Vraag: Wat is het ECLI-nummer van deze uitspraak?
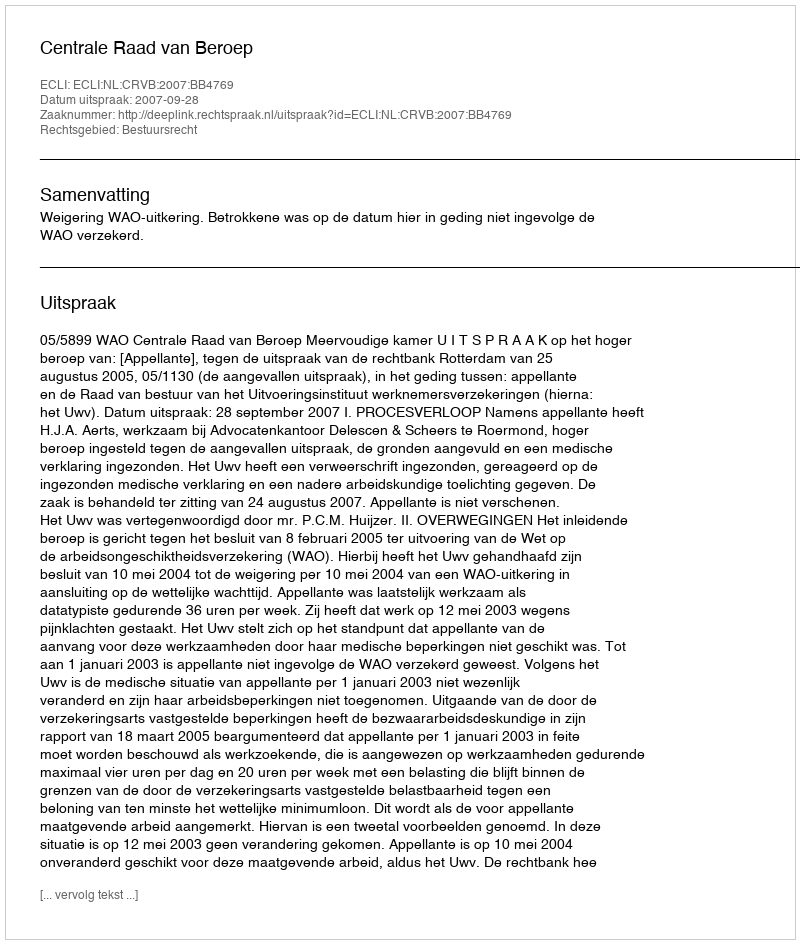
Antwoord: ECLI:NL:CRVB:2007:BB4769